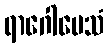
ရာဂေါမေသံ